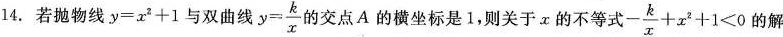
14.若抛物线y=x^{2}+1与双曲线y= \frac{k}{x}的交点A的横坐标是1，则关于x的不等式- \frac{k}{x}+x^{2}+1<0的解